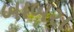
બાબરા